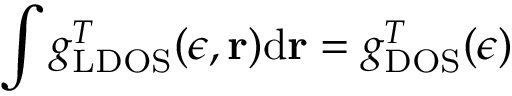
\int g _ { \mathrm { L D O S } } ^ { T } ( \epsilon , \mathbf { r } ) \mathrm { d } \mathbf { r } = g _ { \mathrm { D O S } } ^ { T } ( \epsilon )